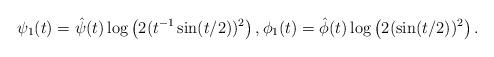
LaTeX: \begin{align*}\psi_1(t) = \hat{\psi}(t) \log\left( 2(t^{-1} \sin(t/2) )^2 \right), \phi_1(t) = \hat{\phi}(t) \log\left( 2 (\sin(t/2))^2 \right).\end{align*}